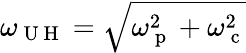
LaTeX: \omega_{\mathrm{~U~H~}}=\sqrt{\omega_{\mathrm{~p~}}^{2}+\omega_{\mathrm{~c~}}^{2}}